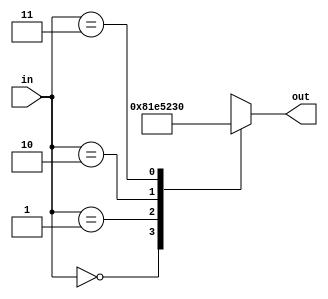
module sevenSegmentOfEmpty(in,out);
	input [1:0] in ;
	output reg [6:0] out;
	
	always @ (in)
	begin
		case(in)
			0 : out = 7'b1000000;
			1 : out = 7'b1111001;
			2 : out = 7'b0100100;
			3 : out = 7'b0110000;
			default;
		endcase
	end
endmodule